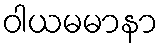
ဝါယမမာနာ